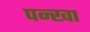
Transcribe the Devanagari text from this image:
पन्खा